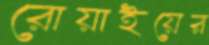
রোয়াইয়ের